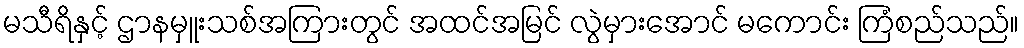
မသီရိနှင့် ဌာနမှူးသစ်အကြားတွင် အထင်အမြင် လွဲမှားအောင် မကောင်း ကြံစည်သည်။